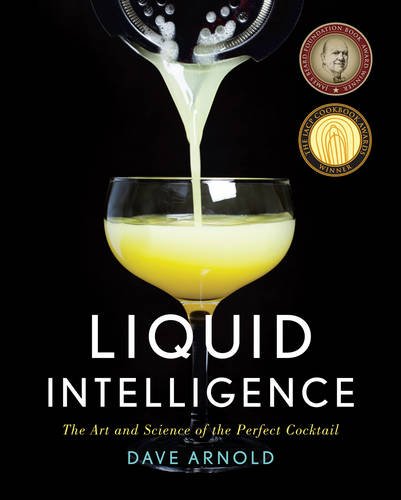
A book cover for Liquid Intelligence: The Art and Science of the Perfect Cocktail; Dave Arnold; Cookbooks, Food & Wine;